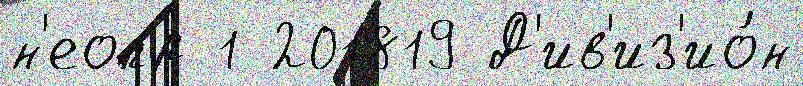
н'еопр 1 201819 Д'ив'из'ио́н